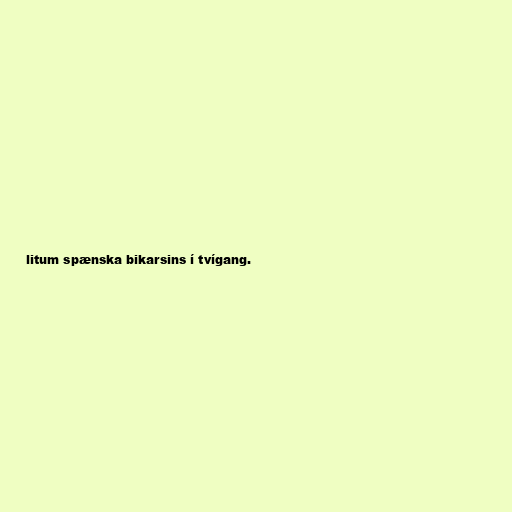
litum spænska bikarsins í tvígang.